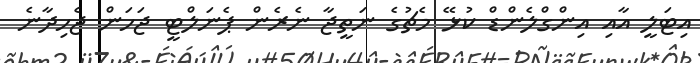
އިޓަލީ އާއި އިންގްލެންޑް ކުޅޭ މެޗުގެ ނަތީޖާ ނެރެން ޕެނަލްޓީ ޖަހަން ޖެހިދާނެ